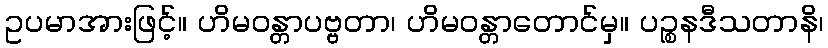
ဥပမာအားဖြင့်။ ဟိမဝန္တာပဗ္ဗတာ၊ ဟိမဝန္တာတောင်မှ။ ပဉ္စနဒီသတာနိ၊